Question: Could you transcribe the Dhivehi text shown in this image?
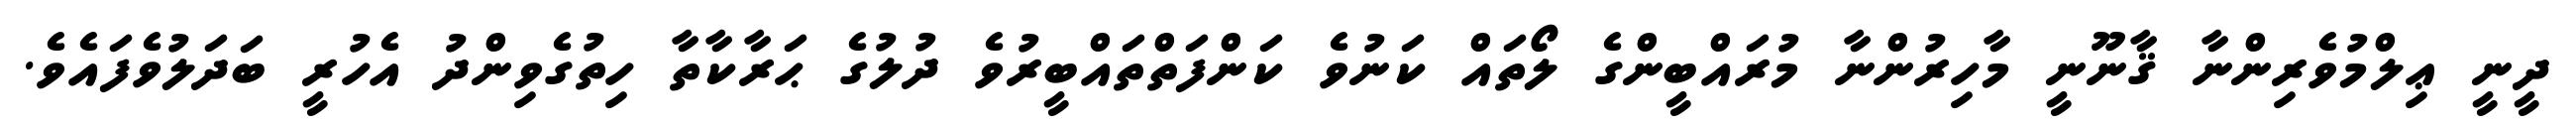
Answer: ދީނީ ޢިލްމުވެރިންނާ ޤާނޫނީ މާހިރުންނާ މުރައްބީންގެ ލޯތައް ކަނުވެ ކަންފަތްތައްބީރުވެ ދުލުގެ ޙަރާކާތާ ހިތުގެވިންދު އެހުރީ ބަދަލުވެފައެވެ.